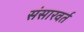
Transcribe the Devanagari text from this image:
संसारवर्त